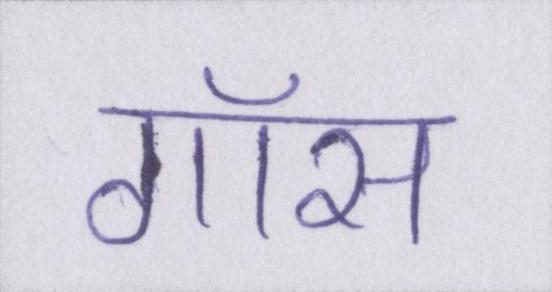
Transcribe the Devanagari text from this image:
गॉस